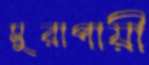
সুরাপায়ী